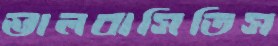
ভালবাসিতিস